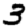
Digit: 3